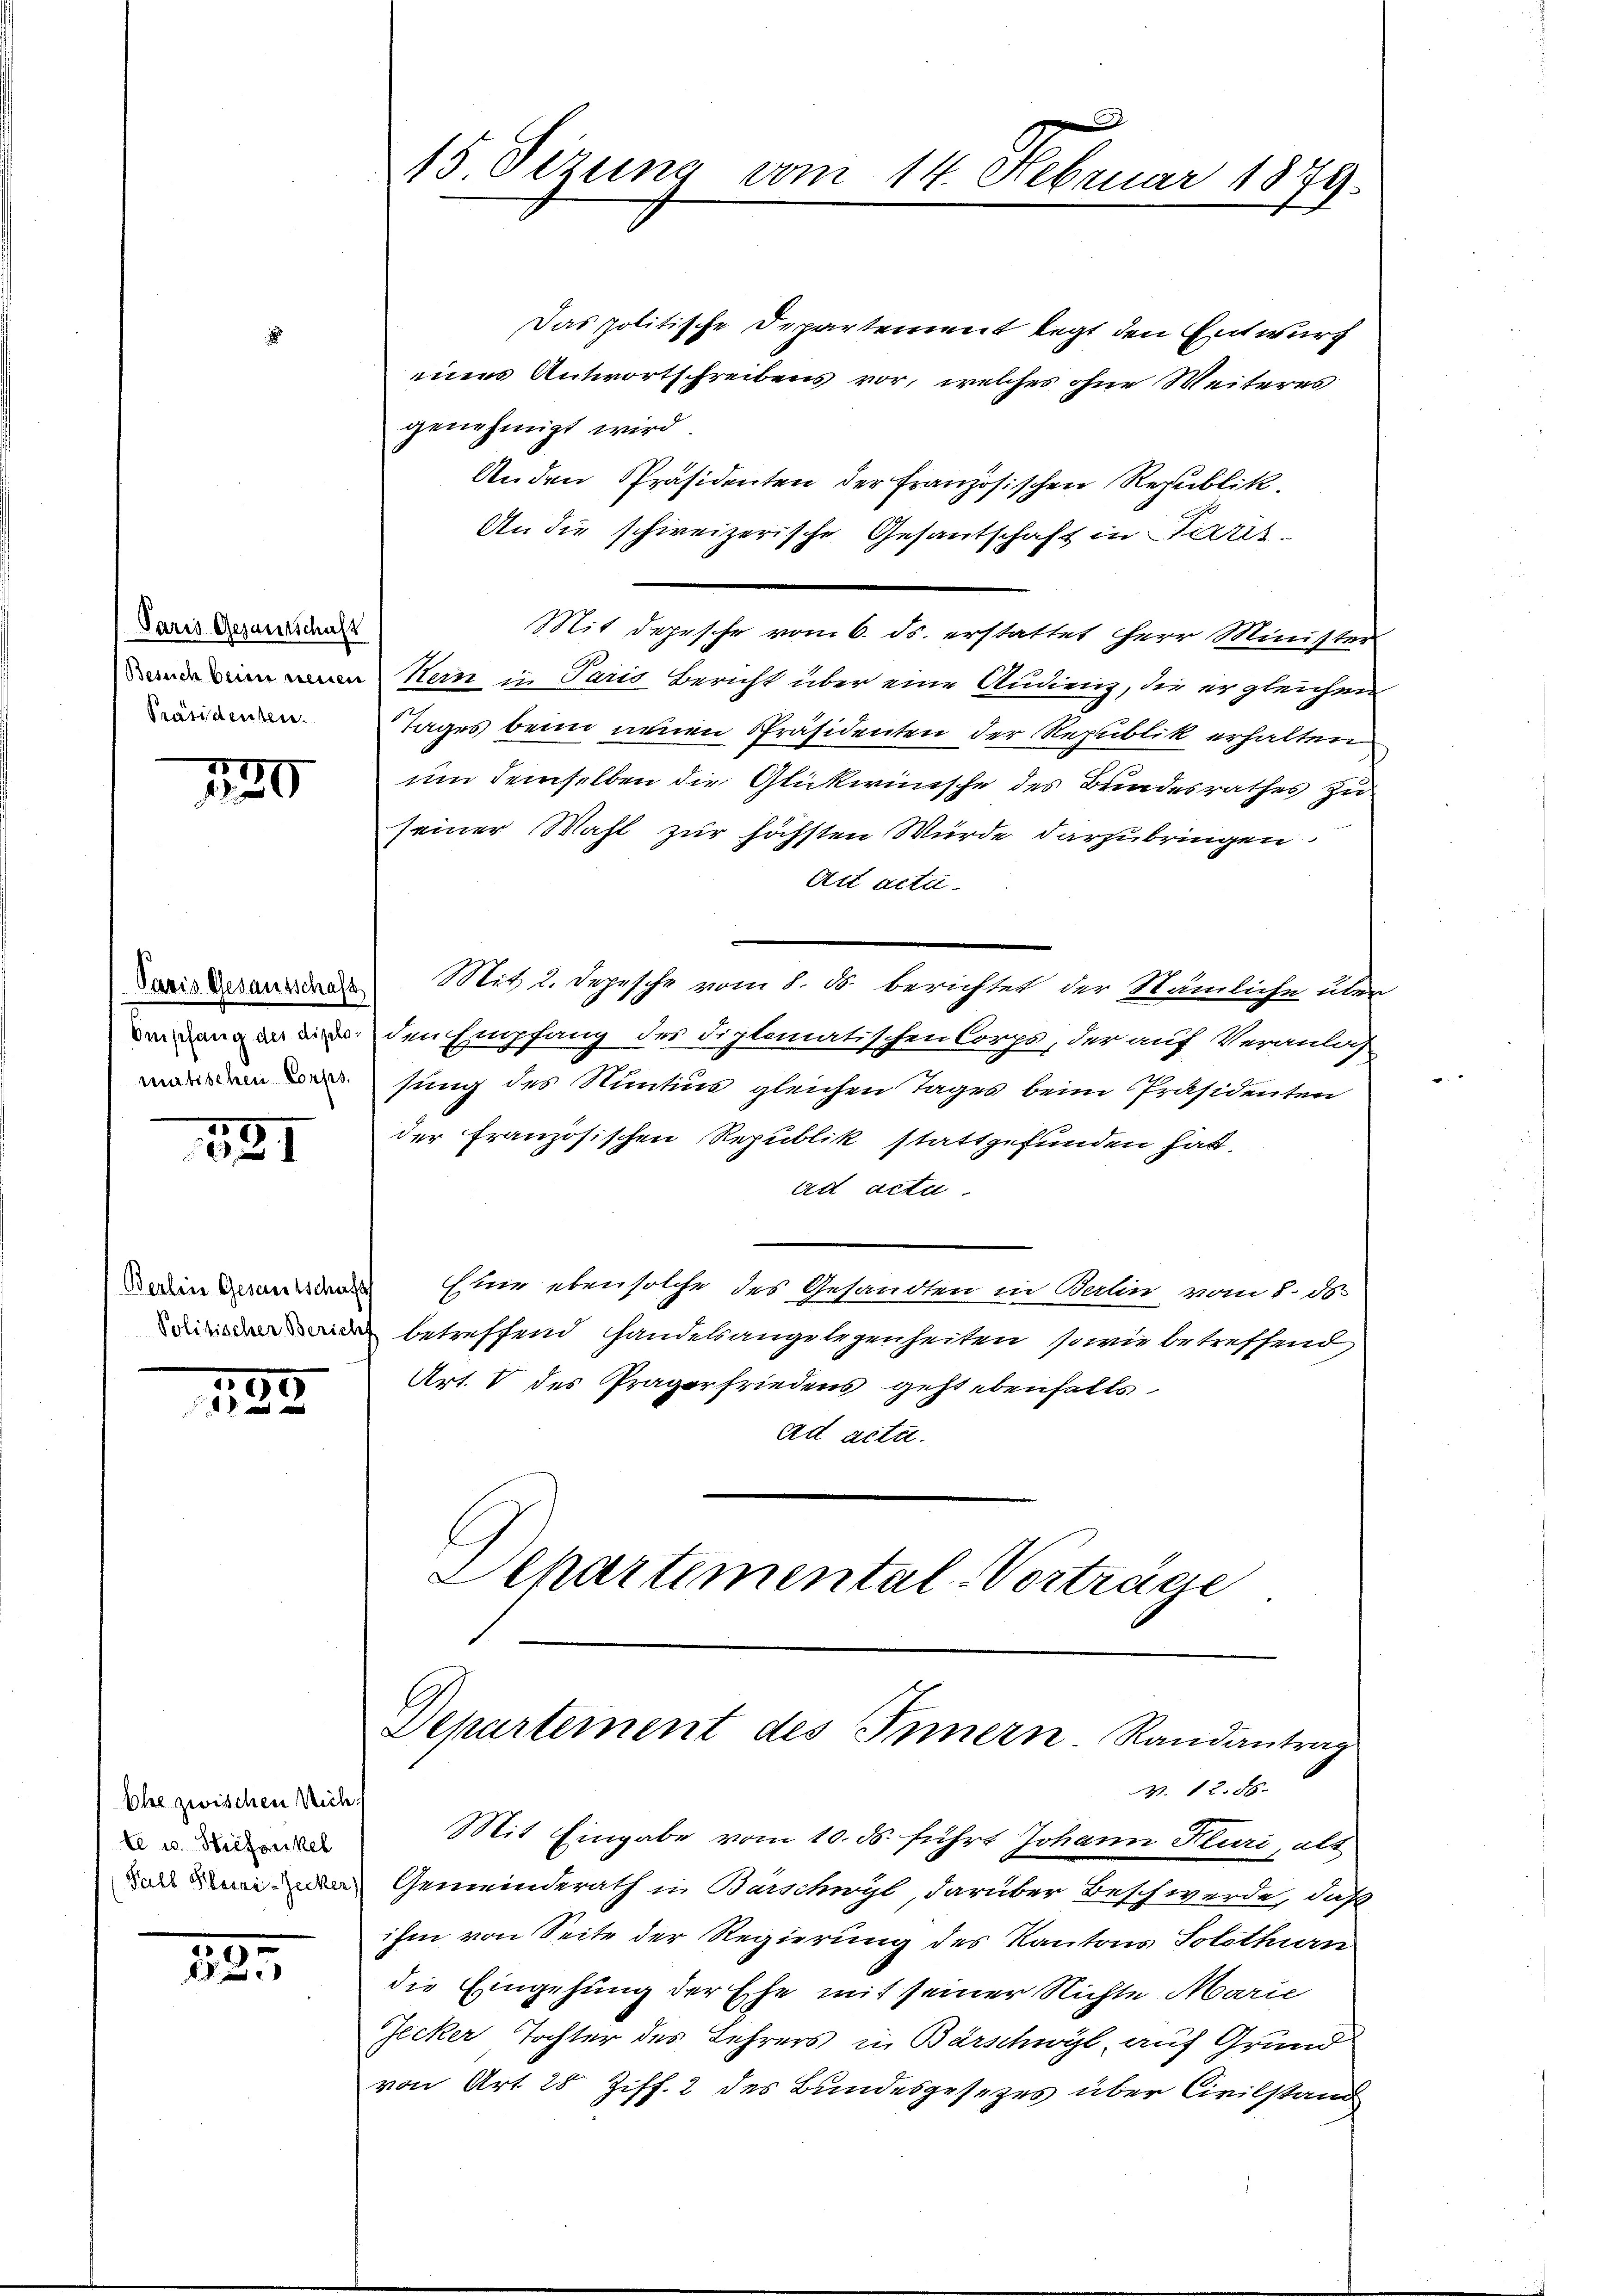
Paris Gesantschaft
Besuch beim neuen
Präsidenten.

120

Paris Gesausschaft
Ompfang des diplomatischen Corps.

881

Berlin Gesamtschafts
Politischer Bericht

183

Ehe zwischen Nicht
te u. Hiefonkel

23

15 Sizung vom 14. Februar 1879.

Das politische Departement legt den Entwurf
mnes Antwortschreibens vor, welches ohne Weiteres
genehmigt wird
Anden Präsidenten der Französischen Republik
An die schweizerische Gesantschaft in Paris
Mit Depesche vom 6. ds. erstattet Herr Minister
Kern in Paris Bericht über eine Audienz, die er gleichen
Tages beim neuen Präsidenten der Republik erhalten
um demselben die Glückwünsche des Bundesrathes zu
seiner Wahl zur höchsten Würde darzubringen.
Art actu
Mit 2. Depesche vom 8. ds. berichtet der Stämliche über
den Empfang des Diplomatischen Corps, der auf Veranlas
fung des Nutus gleichen Tages beim Präsidenten
der Französischen Republik stattgefunden hat.
ad acta.
Estrie eben solche des Gesandten in Berlin vom 8. ds.
betreffend Handelsangelegenheiten, sowie betreffend
Art. 8 des Pragerfriedens geht ebenfalls
ad acta.
Aepartemental-Vorträge

Departement des Innern. Randantrag
N. 12. 58.

Mit Eingabe vom 10. ds. führt Johann Kluri, alt
a. Den Gemeinderath in Burschwyl, darüber Beschwerde, daß
ihm von Seite der Regierung des Kantons Solothurn
die Eingehung der Ehe mit seiner Nichte Marie
Zecker Tochter des Lehrers in Bärschwyl, auf Grund
von Art 28 Ziff. 2 des Bundesgesezes über Civilstand